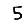
Digit: 5